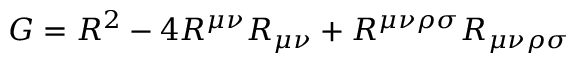
G = R ^ { 2 } - 4 R ^ { \mu \nu } R _ { \mu \nu } + R ^ { \mu \nu \rho \sigma } R _ { \mu \nu \rho \sigma }